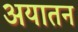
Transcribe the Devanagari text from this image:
अयातन